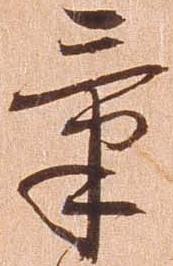
気